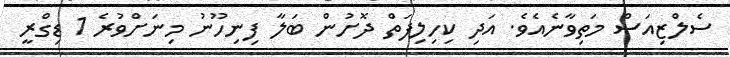
ސެލްޒިއަސް މަތިވާނެއެވެ. އަދި ކިހިލިފަތް ދޮށުން ބަލާ ފިނިހޫނު މިނަށްވުރެ 1 ޑިގްރީ